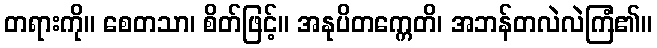
တရားကို။ စေတသာ၊ စိတ်ဖြင့်။ အနုပိတက္ကေတိ၊ အဘန်တလဲလဲကြံ၏။